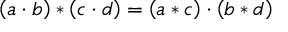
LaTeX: \left( a \cdot b \right) * \left( c \cdot d \right) = \left( a * c \right) \cdot \left( b * d \right)